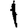
Digit: 1